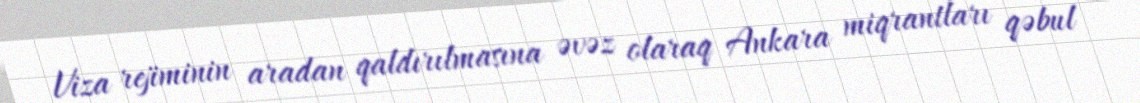
Viza rejiminin aradan qaldırılmasına əvəz olaraq Ankara miqrantları qəbul